King Institute of Preventive Medicine Micro-Biological Section reports 1909-11
Year: 1909
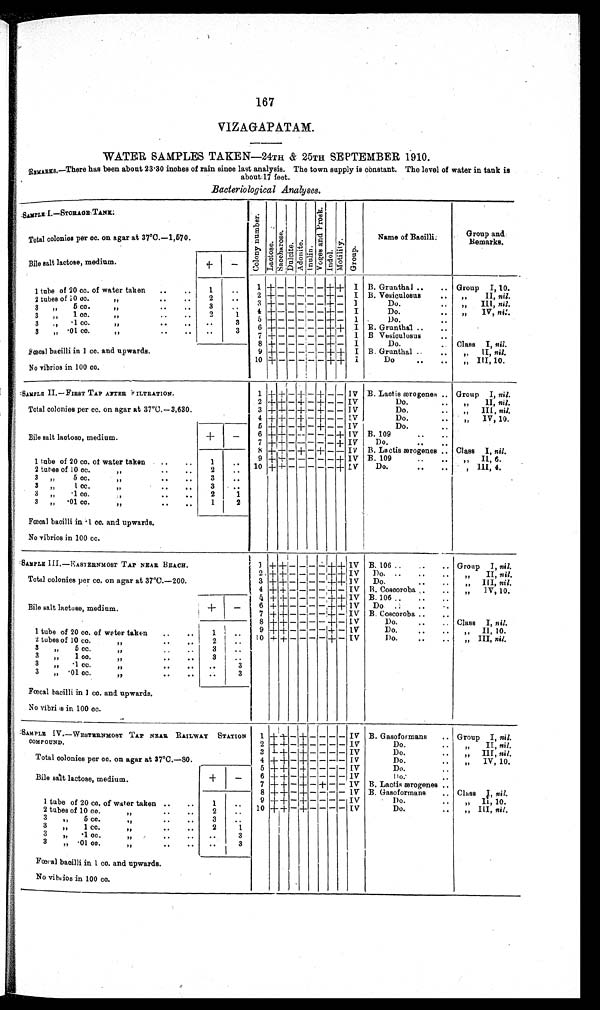
167
VIZAGAPATAM.
WATER SAMPLES TAKEN
—24TH & 25TH SEPTEMBER 1910.
REMARKS.—There has been about 23.30 inches of rain since last analysis. The town supply is constant. The level of water in tank is
about 17 feet.
Bacteriological Analyses.
SAMPLE I.—STORAGE TANK:
Co l o n y n u mb e r .
Lact ose.Saccharose. Dul ci t e.Adoni te.I nul i n. V o g e s a n d P r o s k . Indol.Mot i l i t y.Group.Name of Bacilli.
Group and Remarks.
Total colonies per cc. on agar at 37°C.
—1,570.
Bile salt lactose, medium.
+
−
1 tube of 20 cc. of water taken
1
1
+
− −
− − − + + I B. Grunthal
Group I, 10.
2 tubes of 10 cc
2
2 + − − − − − + −
I B. Vesiculosus
„ II, nil.
3 „ 5 cc.
„
3
3 + − − − − − + −
I
Do.
„ III, nil.
3 „ 1 cc.
„
2
1
4
+
− − − − − + −
I
Do.
„ IV, nil.
3 ,, .1 cc.
,,
3
5
+
− − − − − + −
I
Do.
3 „ .01 cc.
„
3
6
+
− − − − − + + I B. Grunthal
7 + − − − − − + −
I
B Vesiculosus
8 + − −
− − − + −
I
Do.
Class I, nil.
Fœcal bacilli in 1 cc. and upwards.
9 + − − − − − + + I B. Grunthal
„ II nil.
No vibrios in 100 cc.
10 +
− − − − −
+ + I
Do.
,,III 10.
SAMPLE II.—FIRST TAP AFTER FILTRATION.
1 + + − + − + − − IV B. Lactis ærogenes
Group I, nil.
2 +
+
− + − + − − IV
Do.
,, II, nil.
Total colonies per cc. on agar at 37°C.
—3,630.
3 + + − + − + − − IV
Do.
„ III, nil.
4 + + −
+ −
+
− − IV
Do.
„ IV, 10.
Bile salt lactose, medium.
+
−
5
+
+ − + − + − − IV
Do.
6 +
+
− − − − − + IV B. 109
7 +
+
− − − − − + IV
Do.
8
+
+ − + − + − − IV B. La ctis ærogenes
Class I, nil.
1 tube of 20 cc. of water taken
1
9 + +
− − − − − + IV B. 109
„ II 6
2 tubes of 10 cc.
„
2
10 +
+
− − − − − + IV
Do.
, III, 4.
3 „ 5 cc.
„
3
3 ,, 1 cc.
„
3 „ .1 cc.
„
2
1
3 „ .01 cc.,,
1
2
Fœcal bacilli in .1 cc. and upwards.
No vibrios in 100 cc.
SAMPLE III.—EASTERNMOST TAP NEAR BEACH.
1 + + − − − −
+ +
IV B. 106
Group I, nil.
2 .+ + − − − −
+
+ IV
Do.
„ II, nil.
Total colonies per cc. on agar at 37°C.
—200.
3 + + − − − −
+
+ IV
Do.
„ III, nil.
4 + + − − − − + −
I V B. Coscoroba
„ IV, 10.
Bile lactose,
salt medium.
+
−
5 + + − − − − + + IV B. 106
6
+ + − − − − + + IV
Do.
7
+ +
− − − −
+
−
IV B. Coscoroba
8
+ +
− − − − + −
IV
Do.
Class I, nil.
1
tube of 20 cc. of water taken
1
9
+ +
− − − − + − IV
Do.
„ II, 10.
2 tubes of 10 c
c. „
2
10
+ +
− − − −
+
− IV
Do.
„ III, nil.
3 „ 5 cc
. „
3
3 „ 1 cc.
„
3
3 „ .1 cc.
„
3
3 „ .01 cc.
„
3
Fœcal bacilli in 1 cc. and upwards.
No vibrios in 100 cc.
SAMPLE IV.—WESTERNMOST TAP NEAR RAILWAY STATION
COMPOUND.
1 +
+
−
+
− − −
−
IV B. Gasoformans
Group I, nil.
2 +
+
−
+ + − − − −
IV
Do.
„ II, nil.
Total colonies per cc. on agar at 37°C.
—80.
3
+
+
−
+
− − − −
IV
Do.
„ III, nil.
4 + + −
+ − − − −
IV
Do.
„ IV, 10.
Bile salt lactose, medium.
+
−
5 + + −
+
− − − −
IV
Do.
6 + + −
+ − − − −
IV
Do.
7
+
+
−
+ −
+
− −
IV
B. Lactis ærogenes
8 + + −
+ − − − −
IV B. Gasoformans
Class I, nil.
1 tube of 20 cc, of water taken
1
9 + +
−
+
− − − − IV
Do.
„ II, 10.
2 tubes of 10 cc.
,,
2
10 + + −
+
− − − −
IV
Do.
„ III, nil.
3 ,, 5 cc.
,,
3
3 ,, 1 cc.
,,
2
1
3 ,, .1 cc.
,,
3
3 „ .01 cc.
,,
3
Fœral bacilli in 1 cc. and upwards.
No vibrios in 100 cc.